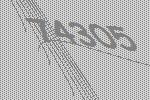
74305